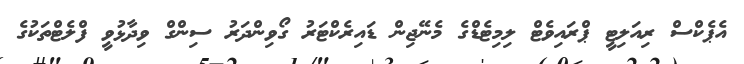
އެޕެކްސް ރިއަލިޓީ ޕްރައިވެޓް ލިމިޓެޑްގެ މެނޭޖިން ޑައިރެކްޓަރު ގޯވިންދަރު ސިންގް ވިދާޅުވީ ފްލެޓްތަކުގެ